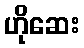
ဟိုဆေး